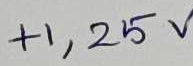
Text: +1,25V